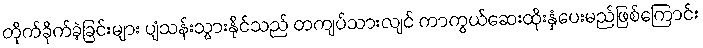
တိုက်ခိုက်ခဲ့ခြင်းများ ပျံသန်းသွားနိုင်သည် တကျပ်သားလျင် ကာကွယ်ဆေးထိုးနှံပေးမည်ဖြစ်ကြောင်း